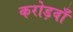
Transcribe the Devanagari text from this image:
करोड़वाँ